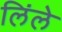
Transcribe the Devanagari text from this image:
लिंले